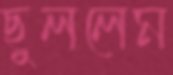
ছুললেম